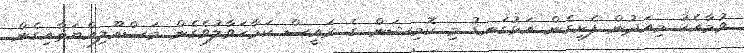
ވުމާއެކު މިއަދުން ފެށިގެން އަޅުގަނޑު މި ކޮމިޝަން ގެ ރައީސް ކަމާހަވާލުވެގެން މަސްއޫލިއްޔަތާއިގެން